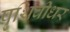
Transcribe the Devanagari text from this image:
पृथिवीधर